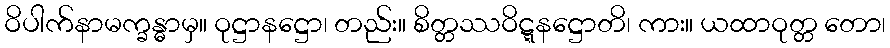
ဝိပါက်နာမက္ခန္ဓာမှ။ ဝုဋ္ဌာနဋ္ဌော၊ တည်း။ စိတ္တဿဝိဋ္ဋနဋ္ဌောတိ၊ ကား။ ယထာဝုတ္တ တော၊